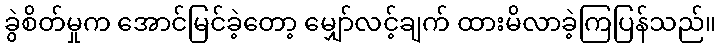
ခွဲစိတ်မှုက အောင်မြင်ခဲ့တော့ မျှော်လင့်ချက် ထားမိလာခဲ့ကြပြန်သည်။